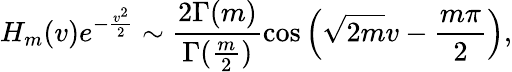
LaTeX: H_{m}(v)e^{-\frac{v^{2}}{2}}\sim\frac{2\Gamma(m)}{\Gamma(\frac{m}{2})}\cos\left(\sqrt{2m}v-\frac{m\pi}{2}\right),